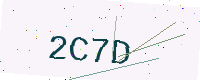
Text: 2C7D